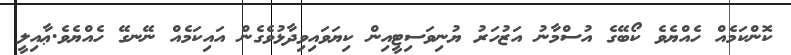
ކޮންކަމެއް ހެއްޔެވެ ކޯބޭގެ އުސްމާނު އަޒުހަރު ޔުނިވަސިޓީއިން ކިޔަވައިވިދާޅުވެގެން އައިކަމެއް ނޭނގޭ ހެއްޔެވެ.ޢާއިލީ